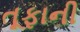
તૂફાની